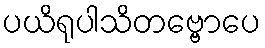
ပယိရုပါသိတဗ္ဗောပေ